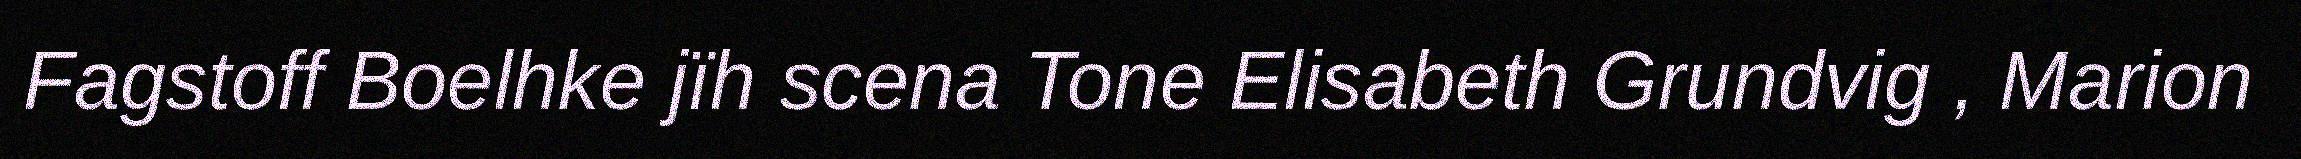
Fagstoff Boelhke jïh scena Tone Elisabeth Grundvig , Marion